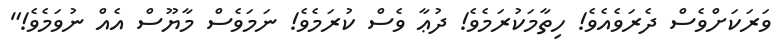
ވަރަކަށްވެސް ދެރަވެއެވެ! ހިތާމަކުރަމެވެ! ދުޢާ ވެސް ކުރަމެވެ! ނަމަވެސް މާޔޫސް އެއް ނުވަމެވެ!"